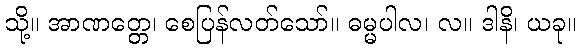
သို့။ အာဏတ္တေ၊ စေပြန်လတ်သော်။ ဓမ္မပါလ၊ လ။ ဒါနိ၊ ယခု။